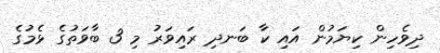
ދިވެހިން ކިޔަމުން އައި ކާ ބަނދި ރައިވަރު މި 3 ބާވަތުގެ ޅެމުގެ